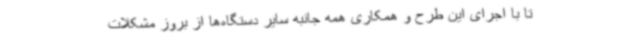
تا با اجرای این طرح و همکاری همه جانبه سایر دستگاه‌ها از بروز مشکلات